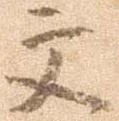
文